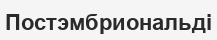
Постэмбриональді